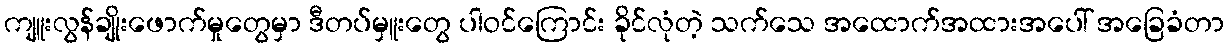
ကျူးလွန်ချိုးဖောက်မှုတွေမှာ ဒီတပ်မှူးတွေ ပါဝင်ကြောင်း ခိုင်လုံတဲ့ သက်သေ အထောက်အထားအပေါ် အခြေခံတာ